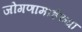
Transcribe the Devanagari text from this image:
जोगणामाईच्या